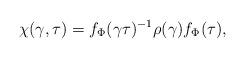
LaTeX: \begin{align*}\chi(\gamma,\tau)=f_{\Phi}(\gamma\tau)^{-1}\rho(\gamma)f_{\Phi}(\tau),\end{align*}